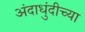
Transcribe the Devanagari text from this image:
अंदाधुंदीच्या